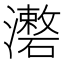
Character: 𤃏